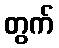
တွက်